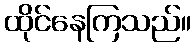
ထိုင်နေကြသည်။